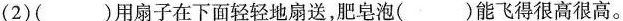
(2)( )用扇子在下面轻轻地扇送，肥皂泡( )能飞得很高很高。